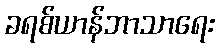
ခရစ်ယာန်ဘာသာရေး